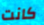
كانت